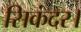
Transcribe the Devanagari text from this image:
सिकंदर।